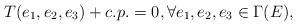
LaTeX: \begin{align*}T(e_1,e_2,e_3)+c.p.=0,\forall e_1,e_2,e_3\in\Gamma(E),\end{align*}